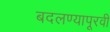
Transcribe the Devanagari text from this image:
बदलण्यापूरवी